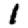
Digit: 1